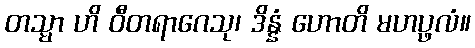
တသ္မာ ဟိ ဝီတရာဂေသု၊ ဒိန္နံ ဟောတိ မဟပ္ဖလံ။